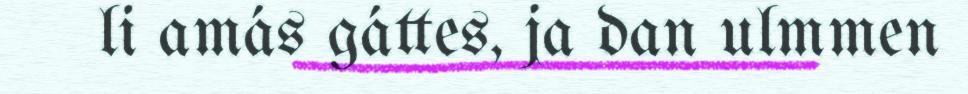
li amás gáttes, ja dan ulmmen